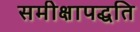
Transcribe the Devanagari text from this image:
समीक्षापद्धति